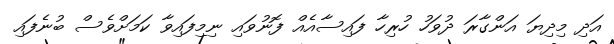
އަދި މިދިޔަ އަންގާރަ ދުވަހު ހުރިހާ ފައިސާއެއް ފޮނުވައި ނިމިފައިވާ ކަމަށްވެސް ބުނެފައި